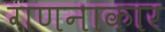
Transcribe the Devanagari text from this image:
गणनाकार